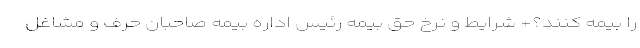
را بیمه کنند؟+ شرایط و نرخ حق بیمه رئیس اداره بیمه صاحبان حرف و مشاغل